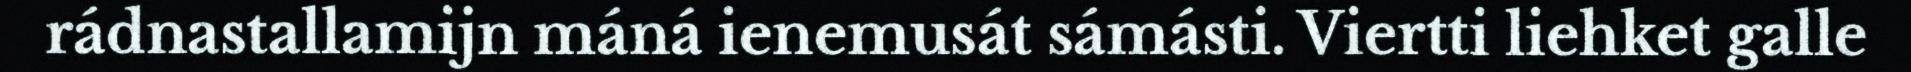
rádnastallamijn máná ienemusát sámásti. Viertti liehket galle